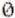
0